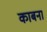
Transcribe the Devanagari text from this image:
काबना